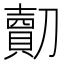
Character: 𠠔